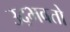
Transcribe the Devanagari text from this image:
उद्‌भवतो